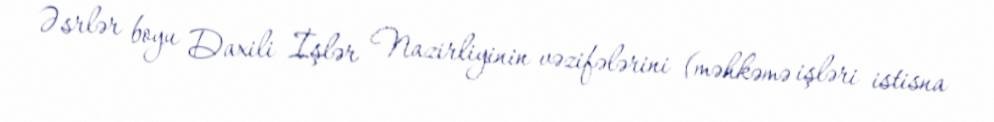
Əsrlər boyu Daxili İşlər Nazirliyinin vəzifələrini (məhkəmə işləri istisna